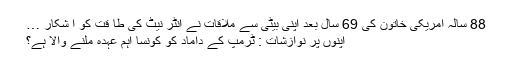
88 سالہ امریکی خاتون کی 69 سال بعد اپنی بیٹی سے ملاقات نے انٹر نیٹ کی طا قت کو آ شکار …
اپنوں پر نوازشات : ٹرمپ کے داماد کو کونسا اہم عہدہ ملنے والا ہے؟